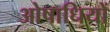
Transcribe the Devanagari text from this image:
ओषाधियों